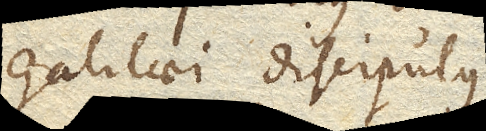
Galilaei discipulus